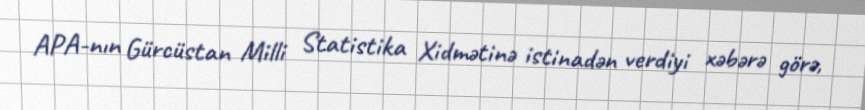
APA-nın Gürcüstan Milli Statistika Xidmətinə istinadən verdiyi xəbərə görə,